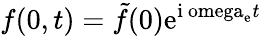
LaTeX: f(0,t)=\tilde{f}(0)\mathrm{{e}^{\mathrm{{i}\ omega_{\mathrm{e}}\mathit{t}}}}